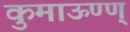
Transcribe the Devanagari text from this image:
कुमाऊण्ण्